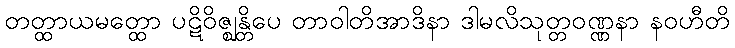
တတ္ထာယမတ္ထော ပဋိဝိဇ္ဈန္တိပေ တာဝါတိအာဒိနာ ဒါမလိသုတ္တဝဏ္ဏနာ နဝဟီတိ